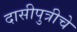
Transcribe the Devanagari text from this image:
दासीपुत्रीचे